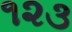
૧૨૩